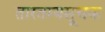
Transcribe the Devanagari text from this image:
तारतम्यसूचक